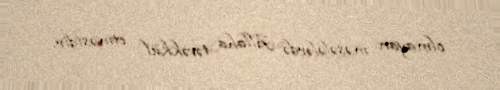
olmayan məsələlərdə Allaha təvəkkül etməsidir.